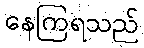
နေကြရသည်